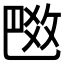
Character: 𢽼